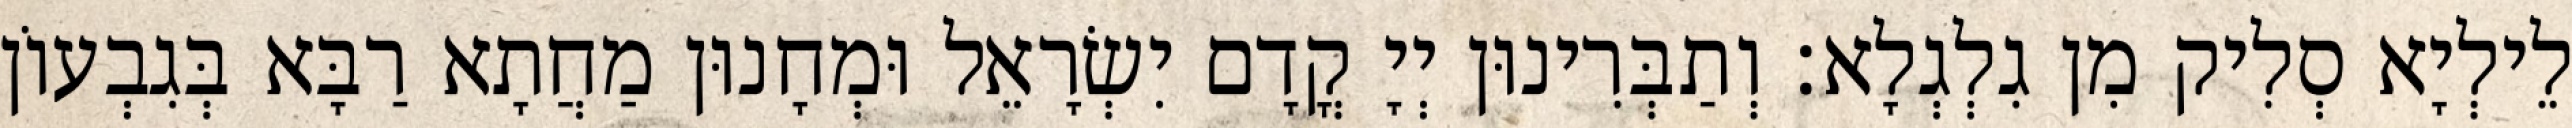
לֵילְיָא סְלִיק מִן גִלְגְלָא׃ וְתַבְּרִינוּן יְיָ קֳדָם יִשְׂרָאֵל וּמְחָנוּן מַחֲתָא רַבָּא בְּגִבְעוֹן